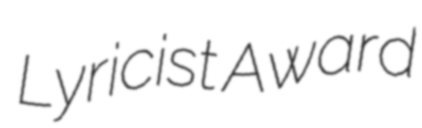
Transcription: Lyricist Award